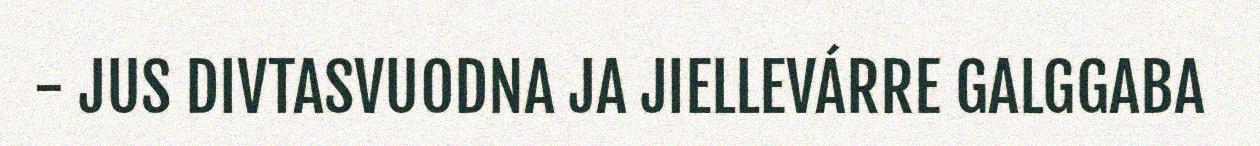
- JUS DIVTASVUODNA JA JIELLEVÁRRE GALGGABA